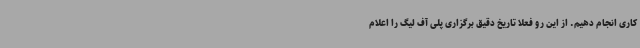
کاری انجام دهیم. از این رو فعلا تاریخ دقیق برگزاری پلی آف لیگ را اعلام